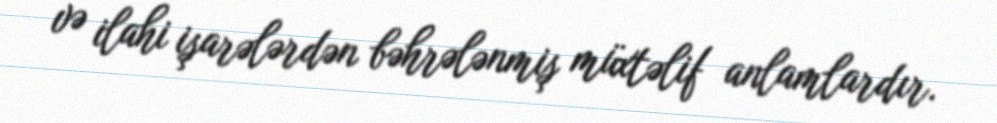
və ilahi işarələrdən bəhrələnmiş müxtəlif anlamlardır.